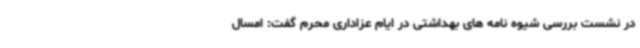
در نشست بررسی شیوه نامه های بهداشتی در ایام عزاداری محرم گفت: امسال